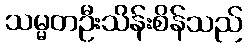
သမ္မတဦးသိန်းစိန်သည်